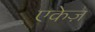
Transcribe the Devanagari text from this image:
एकेज़